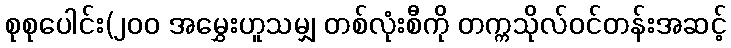
စုစုပေါင်း(၂၀၀ အမွှေးဟူသမျှ တစ်လုံးစီကို တက္ကသိုလ်ဝင်တန်းအဆင့်